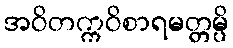
အဝိတက္ကဝိစာရမတ္တမ္ပိ